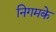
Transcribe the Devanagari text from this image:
निगमके